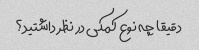
دقیقا چه نوع کمکی در نظر داشتید؟